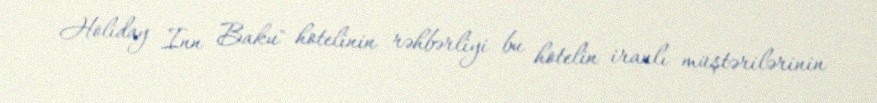
Holiday Inn Baku" hotelinin rəhbərliyi bu hotelin iranlı müştərilərinin